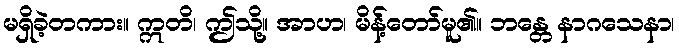
မရှိခဲ့တကား။ ဣတိ၊ ဤသို့။ အာဟ၊ မိန့်တော်မူ၏။ ဘန္တေ နာဂသေနာ၊